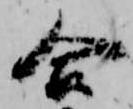
合